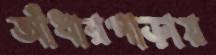
আঁধারপাড়ায়